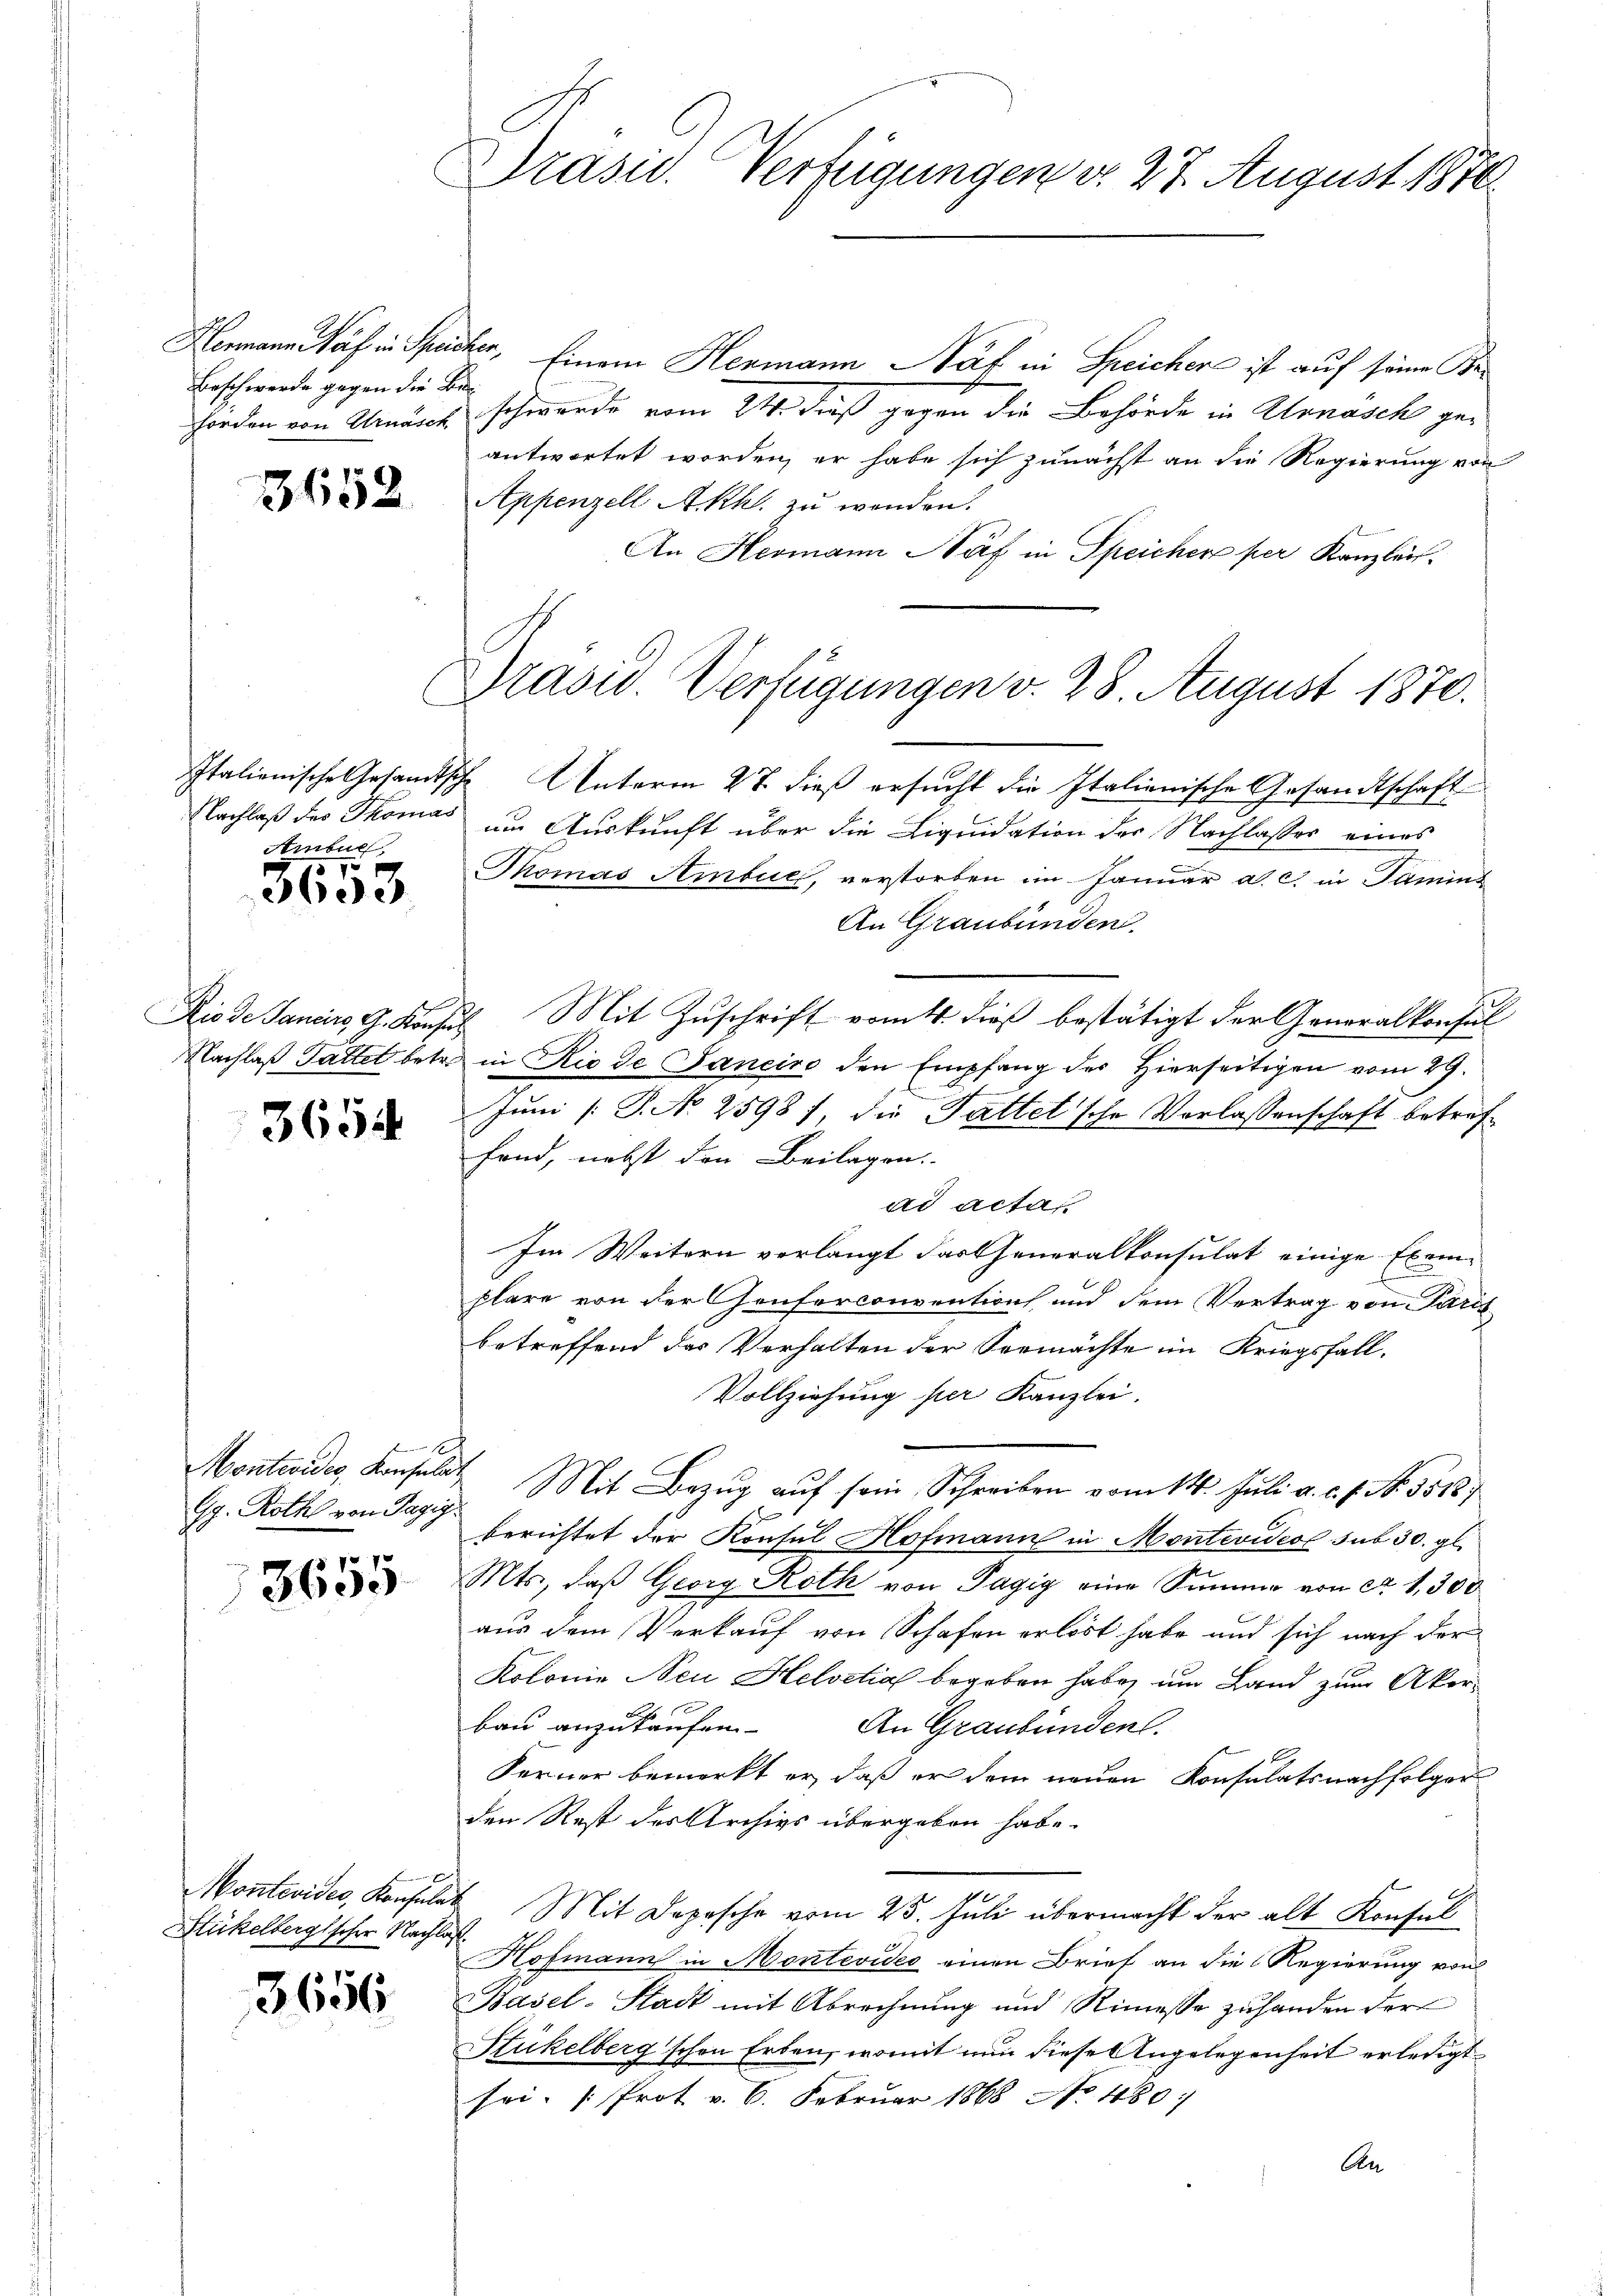
Beschwerde gegen die Be
horden von Urnasch

3652.

Arnoul

575
3603

3654

Gg. Roth von Tagig

3655

Stückelbergischer Nachlaß.

3656

Präsid. Verfügungen d. 27. August 1870

C

Hermann Näf in Speicher, Einem Hermann Näf in Speichen ist auf seine Beschwerde vom 24. dieß gegen die Behörde in Annäsch geantwortet worden, er habe sich zunächst an die Regierung von
Appenzell Akh. zu wenden.
An Hermann Näf in Speicher per Kanzler.
Italienische Gesandtsche Unterm 27. dieß ersucht die Italienische Gesandtschaft
Nachlaß des Thomas um Auskunft über die Liquidation der Nachlasses eines
Momas Ambuc, verstorben im Januar a. c. in Samins
An Graubünden.
Riode Sancirs, G. Konsul Mit Zuschrift vom 4. dieß bestätigt der Generalkonsul
Nachlaß Gattet betr. in Rio de Janeiro den Empfang des Hierseitigen vom 29.
Juni /: P. No 25937, die Fattet'sche Verlassenschaft betreffand, nebst den Beilagen.
ad acta
Im Weitern verlangt dartheneralkonsulat einige Exemplare von der Conferconvention und dem Vertrag von Parit
betreffend das Verhalten der Vermächte im Kriegsfall.
Vollziehung per Kanzlei.
Montevides Konsulat Mit Bezŭg aŭf sein Schreiben vom 14. Juli a. c. s. N. 55187
F
berichtet der Konsul Hofmann in Montevideo sub 30. gl.
Mts., daß Georg Roth von Tagig eine Summe von A. 1,300
aus dem Verkauf von Schafen erlöst habe und sich nach der
Kolonie Neu Helvetia begeben habe, um Land zum Akorbau anzukaufen. An Graubünden.
Ferner bemerkt er, daß er dem neuen Konsulats nachfolger
den Rest des Archivs übergeben habe.
Montevider, Konsulat Mit Depesche vom 25. Juli übermacht der alt Konsul
Hofmann in Montevideo einen Brief an die Regierung von
Basel-Stadt mit Abrechnung und Rimesse zuhanden der
Stükelberg'schen Erben, womit nun diese Angelegenheit erledigt
sei. (Prot v. 6. Februar 1868 No 480:
An

Präsid. Verfügungen v. 28. August 1870.